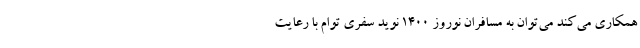
همکاری می‌کند می‌توان به مسافران نوروز ۱۴۰۰ نوید سفری توام با رعایت